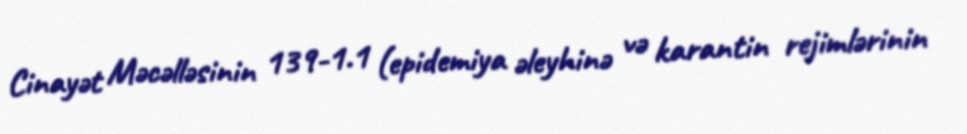
Cinayət Məcəlləsinin 139-1.1 (epidemiya əleyhinə və karantin rejimlərinin